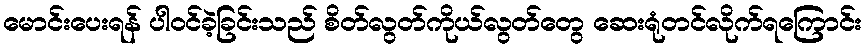
မောင်းပေးရန် ပါဝင်ခဲ့ခြင်းသည် စိတ်လွတ်ကိုယ်လွတ်တွေ ဆေးရုံတင်လိုက်ရကြောင်း